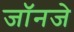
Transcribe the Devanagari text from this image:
जॉनजे